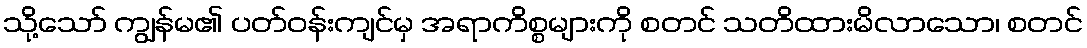
သို့သော် ကျွန်မ၏ ပတ်ဝန်းကျင်မှ အရာကိစ္စများကို စတင် သတိထားမိလာသော၊ စတင်